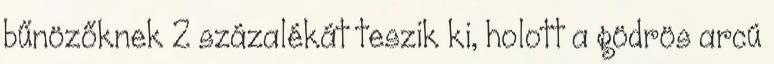
bűnözőknek 2 százalékát teszik ki, holott a gödrös arcú